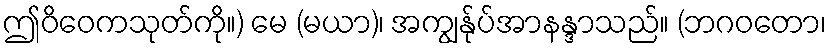
ဤဝိဝေကသုတ်ကို။) မေ (မယာ)၊ အကျွန်ုပ်အာနန္ဒာသည်။ (ဘဂဝတော၊